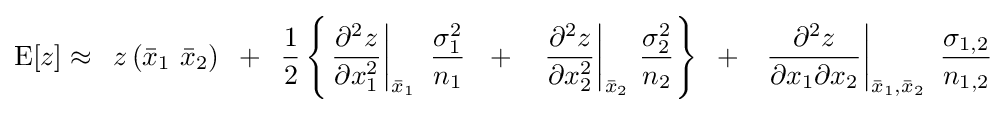
{\rm {E}}[z]\approx \,\,\,z\left({{\bar {x}}_{1}\,\,{\bar {x}}_{2}}\right)\,\,\,+\,\,\,{\frac {1}{2}}\left\{{\left.{\frac {\partial ^{2}z}{\partial x_{1}^{2}}}\right|_{{\bar {x}}_{1}}\,\,{\sigma _{1}^{2} \over n_{1}}\,\,\,\,+\,\,\,\,\,\left.{\frac {\partial ^{2}z}{\partial x_{2}^{2}}}\right|_{{\bar {x}}_{2}}\,{\sigma _{2}^{2} \over n_{2}}}\right\}\,\,\,+\,\,\,\,\left.{\frac {\partial ^{2}z}{\partial x_{1}\partial x_{2}}}\right|_{{\bar {x}}_{1},{\bar {x}}_{2}}\,\,{\sigma _{1,2} \over n_{1,2}}